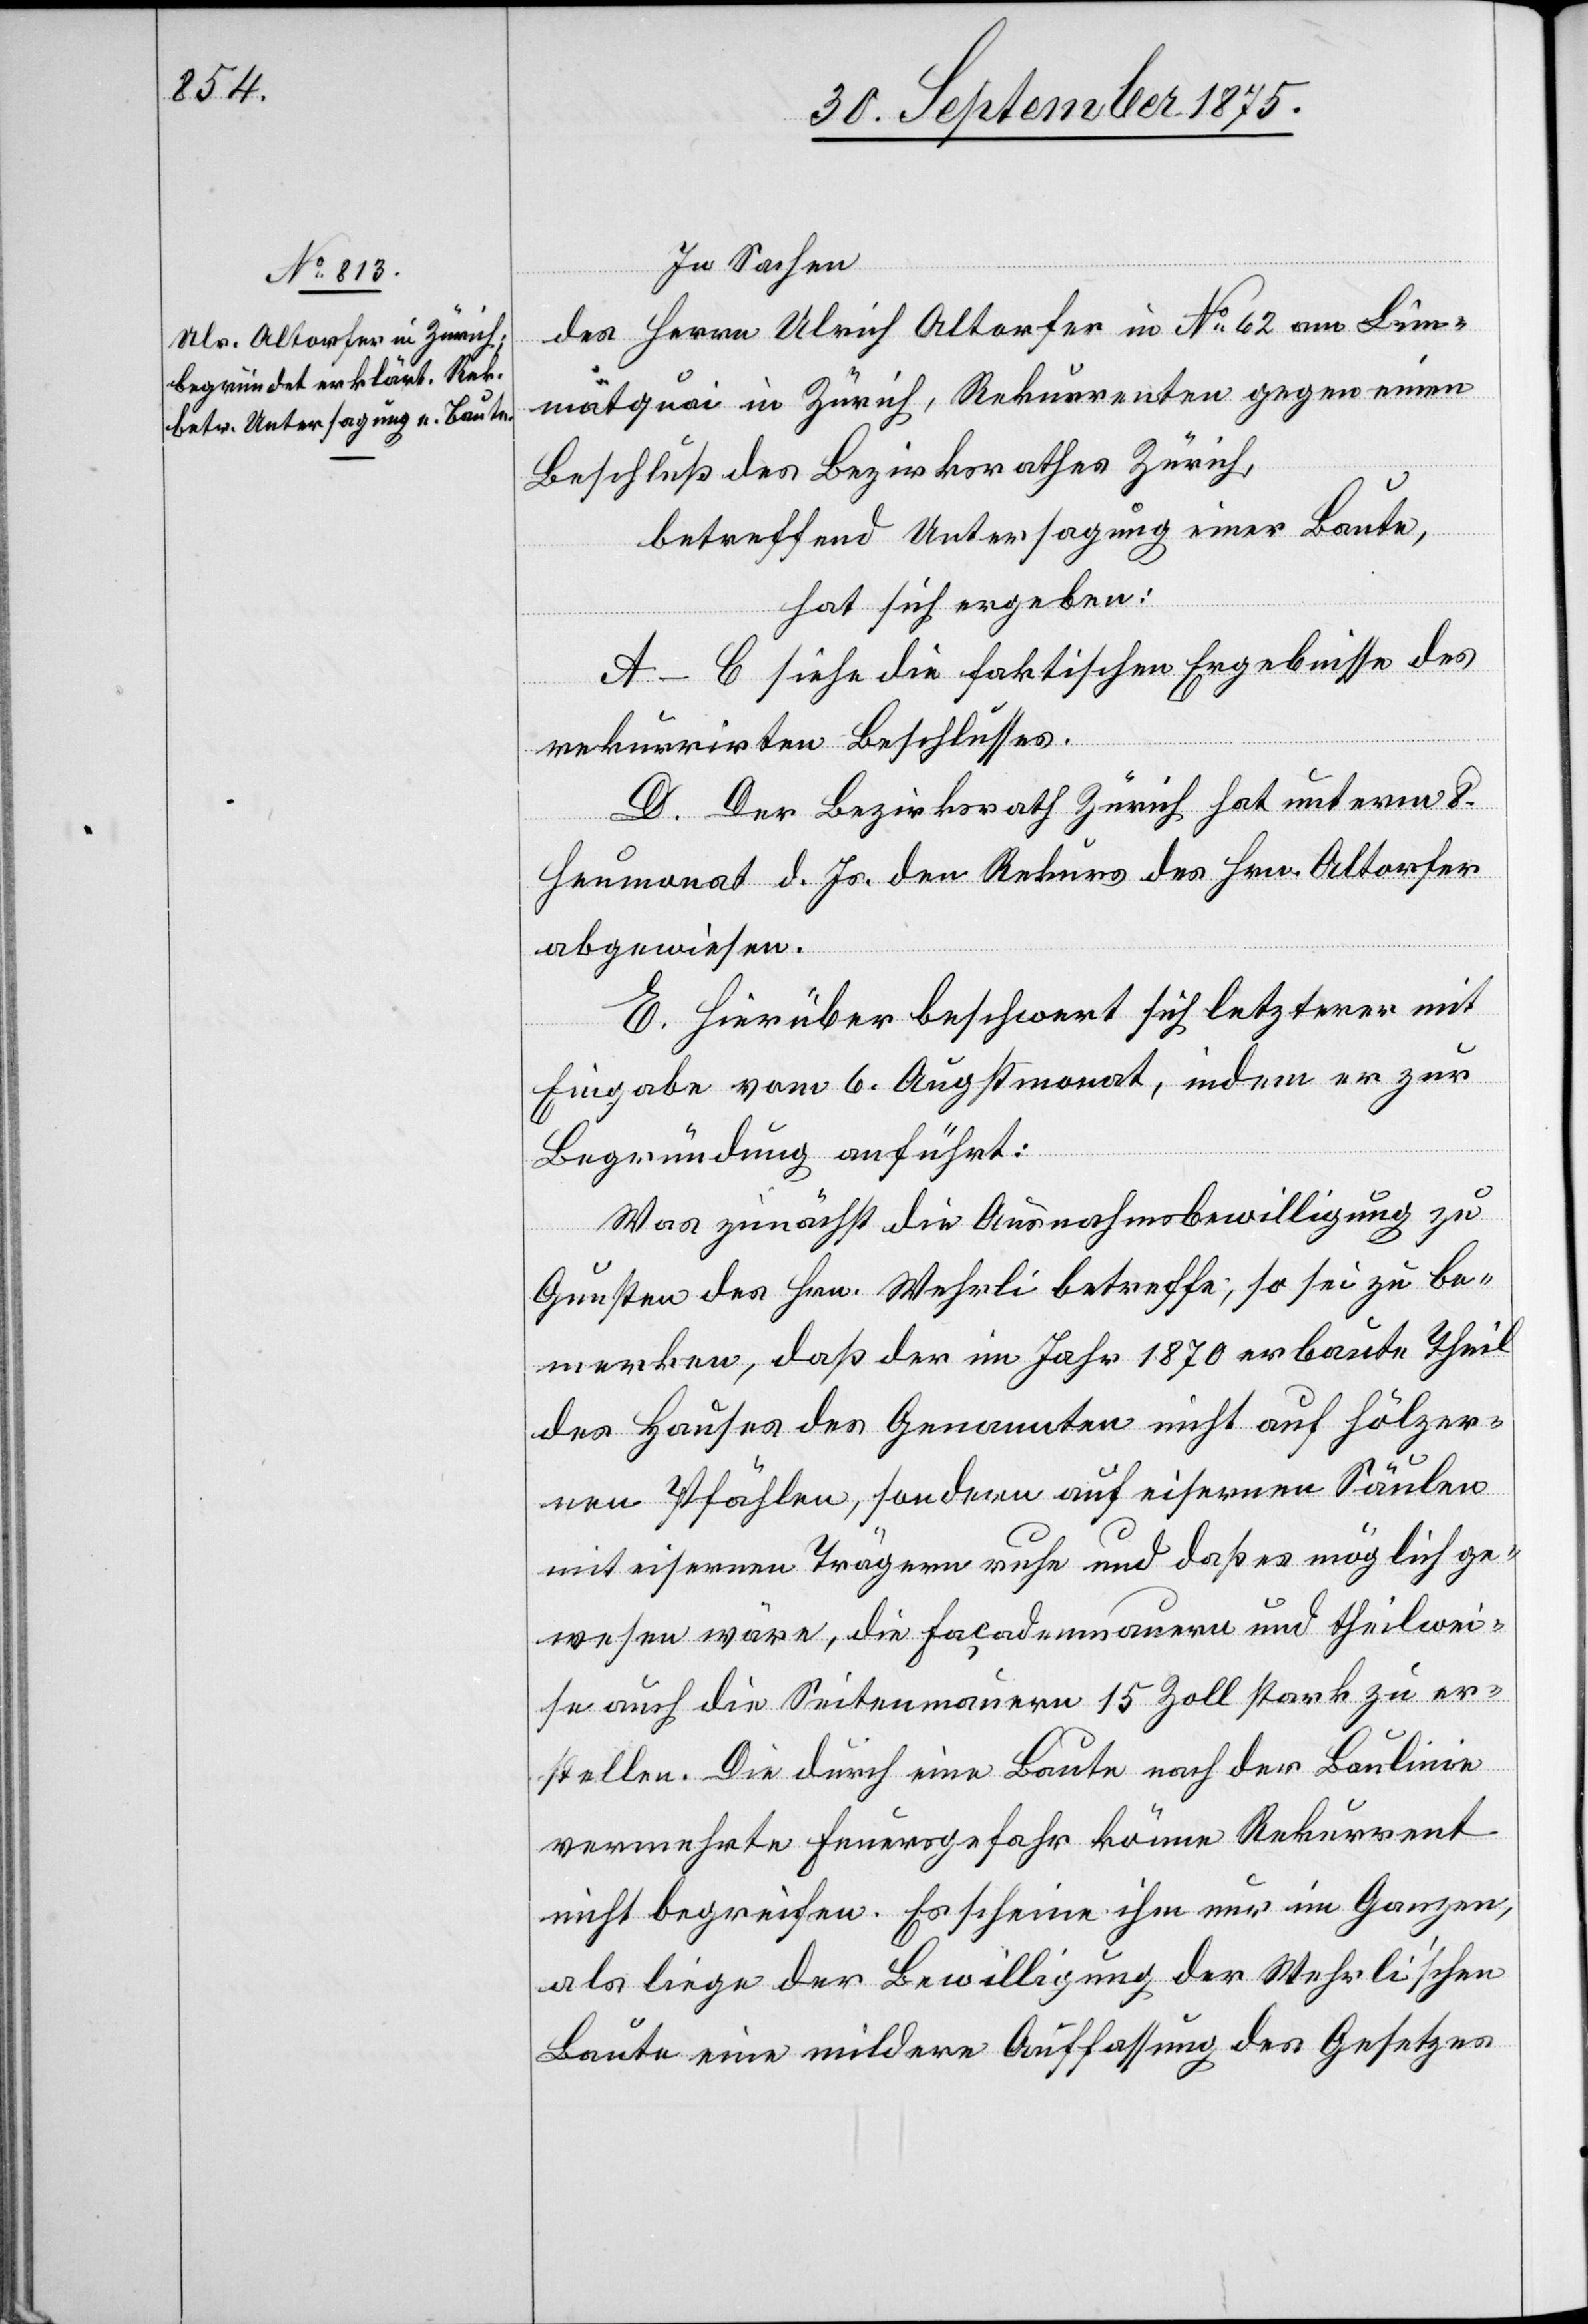
In Sachen
des Herrn Ulrich Altorfer in No 62 am Lim¬
matquai in Zürich, Rekurrenten gegen einen
Beschluß des Bezirksrathes Zürich,
betreffend Untersagung einer Baute,
hat sich ergeben:
A–C siehe die faktischen Ergebnisse des
rekurrirten Beschlusses.
D. Der Bezirksrath Zürich hat unterm 8.
Heumonat d. Js. den Rekurs des Hrn. Altorfer
abgewiesen.
E. Hierüber beschwert sich letzterer mit
Eingabe vom 6. Augstmonat, indem er zur
Begründung anführt:
Was zunächst die Ausnahmsbewilligung zu
Gunsten des Hrn. Wehrli betreffe, so sei zu be¬
merken, daß der im Jahr 1870 erbaute Theil
des Hauses des Genannten nicht auf hölzer¬
nen Pfählen, sondern auf eisernen Säulen
mit eisernen Trägern ruhe und daß es möglich ge¬
wesen wäre, die Façadenmauern und theilwei¬
se auch die Seitenmauern 15 Zoll stark zu er¬
stellen. Die durch eine Baute nach der Baulinie
vermehrte Feuersgefahr könne Rekurrent
nicht begreifen. Es scheine ihm nur im Ganzen,
als liege der Bewilligung der Wehrli’schen
Baute eine mildere Auffassung des Gesetzes